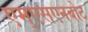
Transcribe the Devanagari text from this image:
एम्एसएनबोट